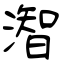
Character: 潪